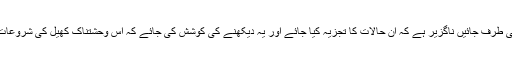
قبل اس کے ہم کسی حل کی طرف جائیں ناگزیر ہے کہ ان حالات کا تجزیہ کیا جائے اور یہ دیکھنے کی کوشش کی جائے کہ اس وحشتناک کھیل کی شروعات کب اور کہاں سے ہوئی ۔